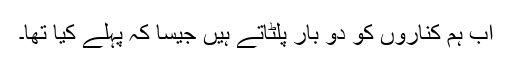
اب ہم کناروں کو دو بار پلٹاتے ہیں جیسا کہ پہلے کیا تھا۔